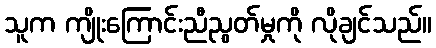
သူက ကျိုးကြောင်းညီညွတ်မှုကို လိုချင်သည်။